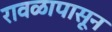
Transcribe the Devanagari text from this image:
रावळापासून